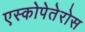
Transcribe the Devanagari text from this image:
एस्कोपेतेरोस